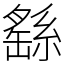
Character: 繇